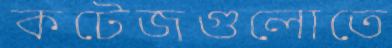
কটেজগুলোতে